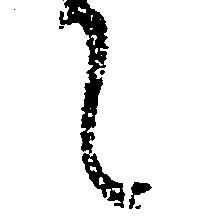
て